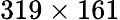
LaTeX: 319\times 161